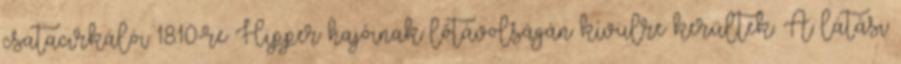
csatacirkálói 18:10-re Hipper hajóinak lőtávolságán kívülre kerültek. A látási